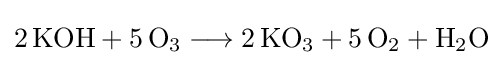
{2\,\mathrm {KOH} {}+{}5\,\mathrm {O} {\vphantom {A}}_{\smash[{t}]{3}}{}\mathrel {\longrightarrow } {}2\,\mathrm {KO} {\vphantom {A}}_{\smash[{t}]{3}}{}+{}5\,\mathrm {O} {\vphantom {A}}_{\smash[{t}]{2}}{}+{}\mathrm {H} {\vphantom {A}}_{\smash[{t}]{2}}\mathrm {O} }